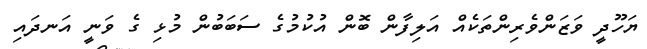
ޔަހޫދީ ވަޒަންވެރިންތަކެއް އަލިފާން ބޮން އުކުމުގެ ސަބަބުން މުޅި ގެ ވަނީ އަނދައި